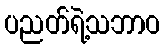
ပညတ်ရဲ့သဘာဝ